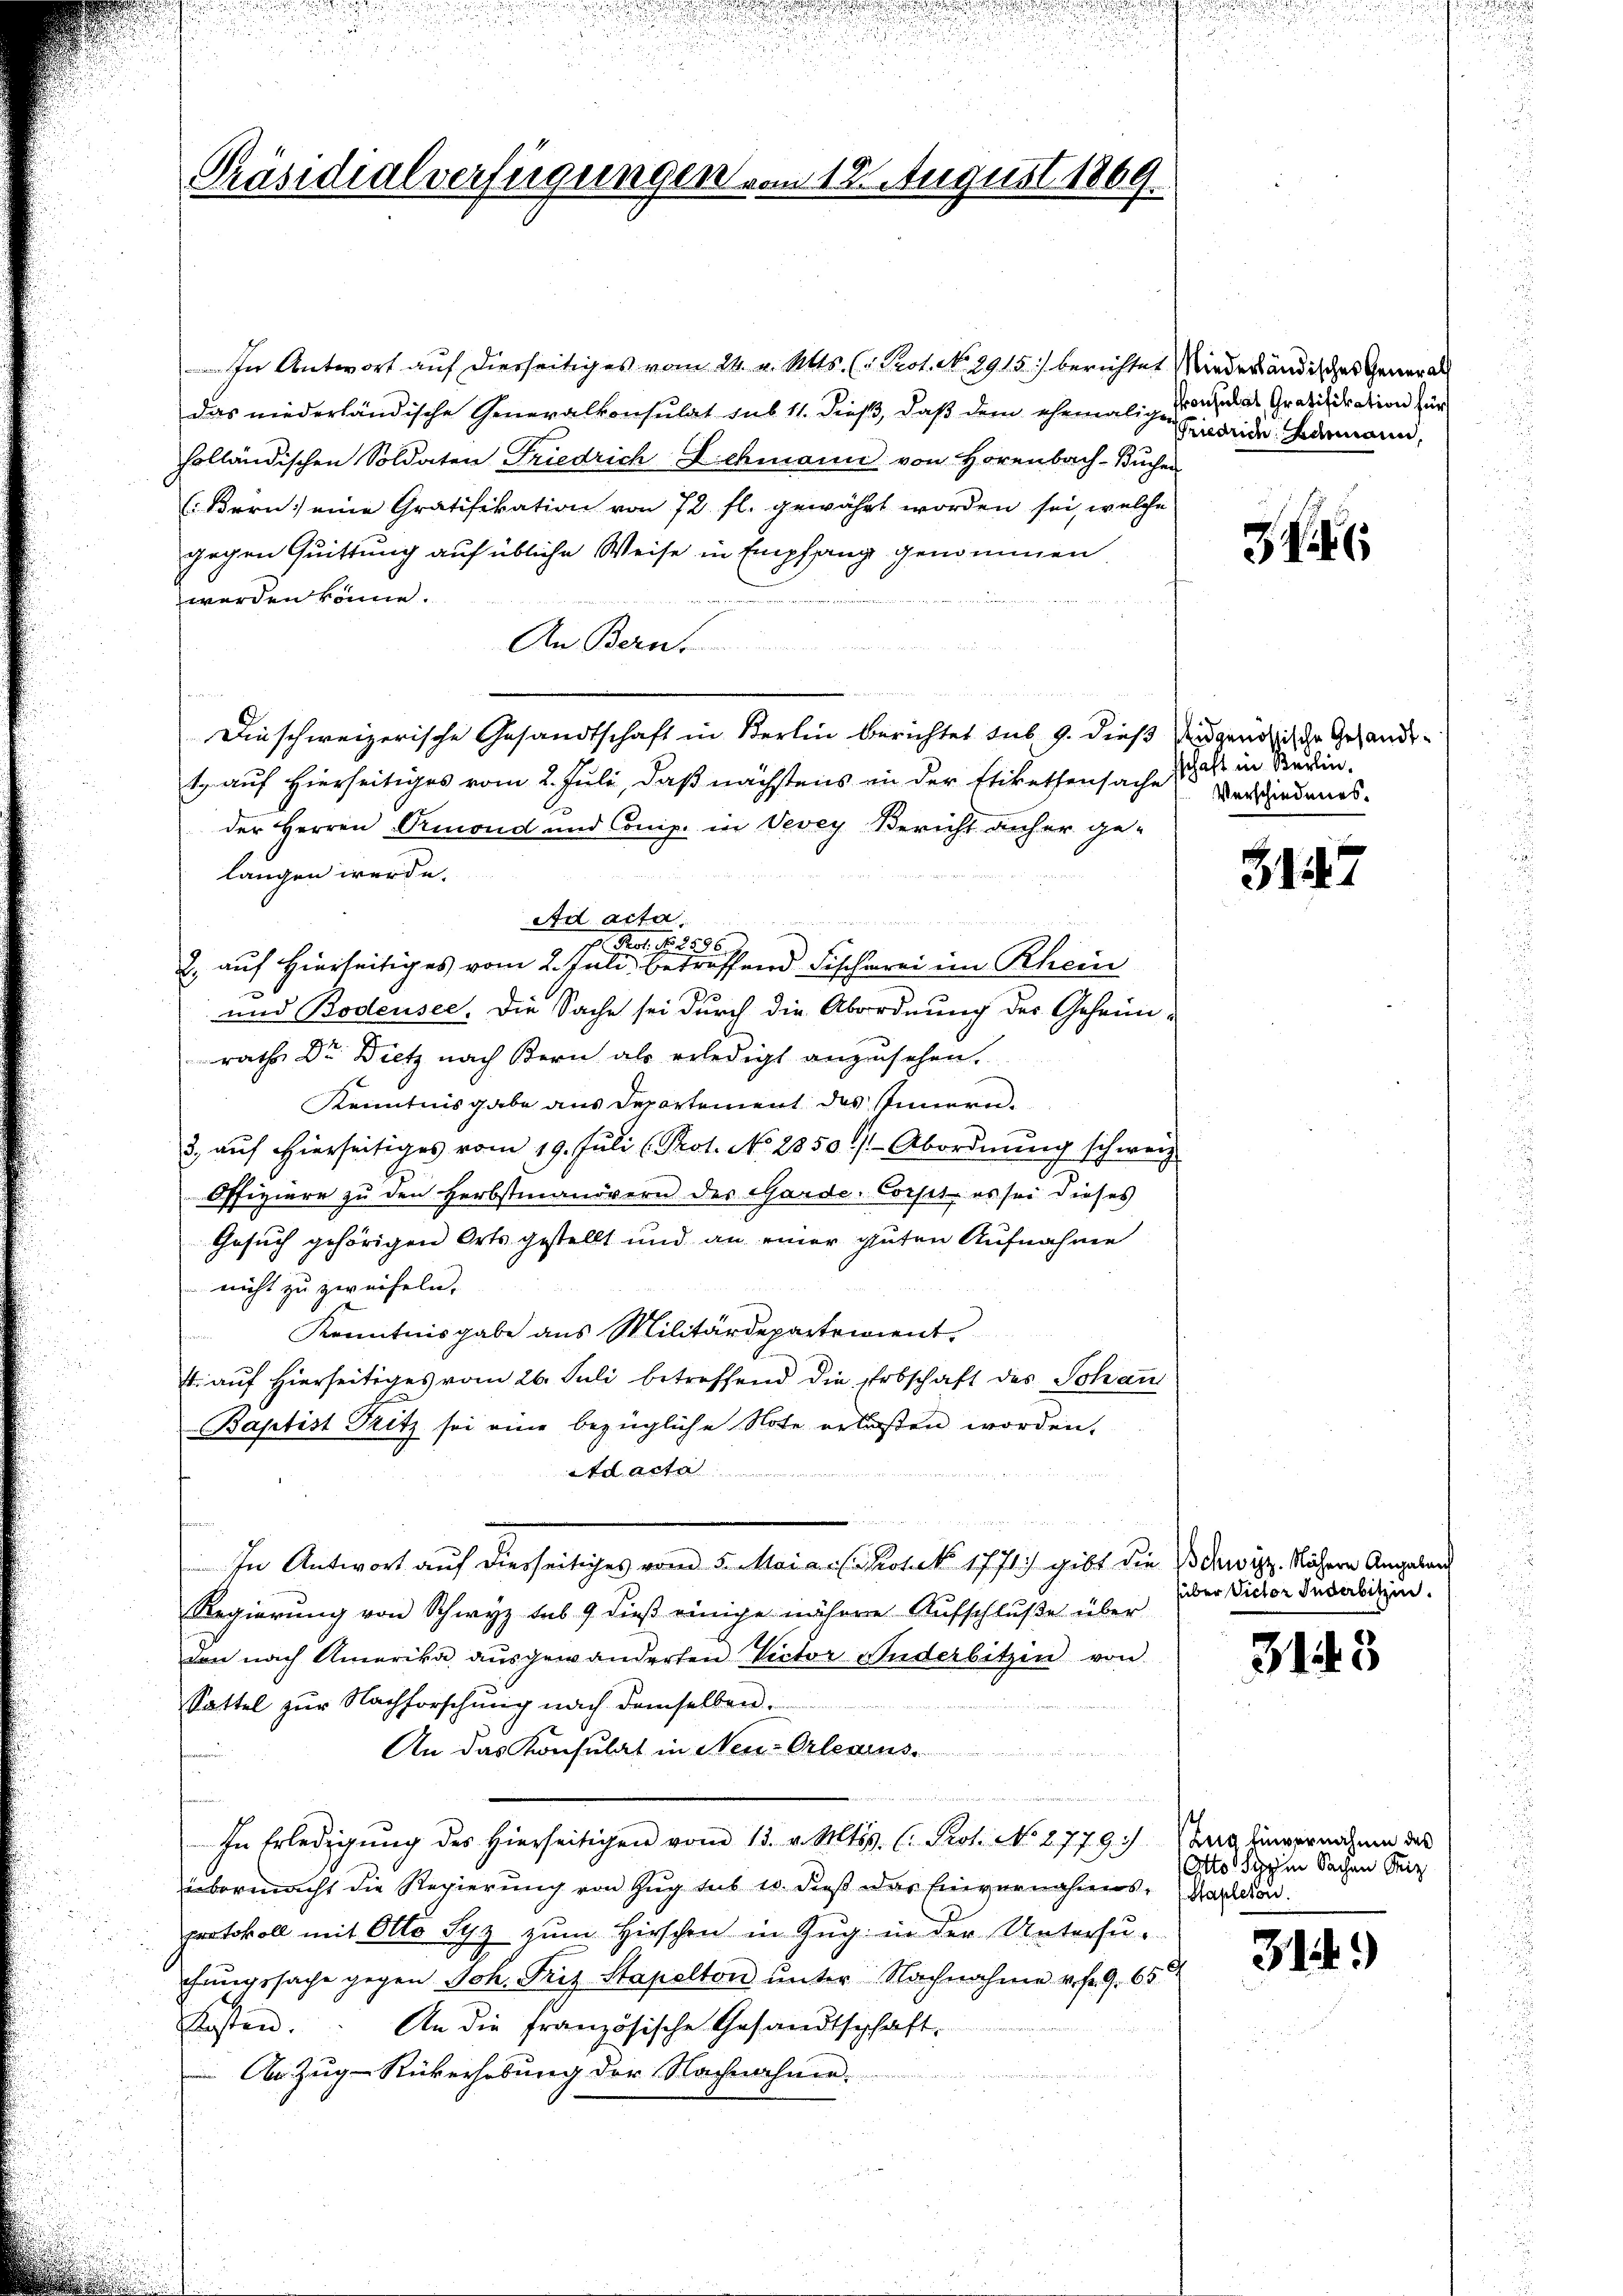
Präsidialverfügungen u.

In Antwort auf diesseitiges vom 24. v. Mts. (v. Prot. No. 2915) berichtet Niederländisches General
das niederländische Generalkonsulat sub 11. dieß, daß dem ehemaligen das Gratifikation für
holländischen Soldaten Friedrich Lichmann von Horenbach- Buchen
(Bern: eine Gratifikation von 72 fl. gewährt worden sei, welche
gegen Quittung auf übliche Weise in Empfang genommen

werden könne.
.
An Bern
s
 5.
Dinschweizerische Gesandtschaft in Berlin berichtet sub. 9. dieß angendtische Gesandtt, auf hierseitiges vom 2. Juli, daß nächstens in der Etikethensache hat in Studin
der Herren Priond und Comp. in Vevey Bericht anher gelangen werde.
c Prof. N. 2586.
2., auf hierseitiges vom 2. Juli, betreffend Fischerei im Rhein
und Bodensee. Die Sache sei durch die Abordnung der Geheim-
rath Dr. Dietz nach Bern als erledigt anzŭsehen.
Kenntnisgabe aus Departement des Innern.
3. aŭf hierseitiges vom 19. Jŭli (Prot. No. 2850) Abordnŭng schweiz.
Offiziere zu den Herbstmanövern des Garde-Corsts, es sei dieses
Gesuch gehörigen Orts gestellt und an einer guten Aufnahme
 nicht zu zweifeln,
Kenntnisgabe aus Militärdeparterient
4. auf hierseitiges vom 26. Juli betreffend die Erbschaft des Johan
Baptist Fritz sei eine bezügliche Note erlaßen worden.
Ad acta
In Antwort auf diesseitiges vom 5. Mai a. E. Hotel 1771) gibt die Gewitz. Näherer Angeland
Regierung von Schwyz sub 9 dieß einige nähere Aufschluße über
don nach Amerika ausgewanderten Rector Anderbitzen von
Sattel zur Nachforschung nach demselben
An das Konsulat in Neu-Orleans
2ten eige
m
In Erledigŭng des hierseitigen vom 13. v. Mtss. C. Prot. No 2779). Tauglingernehmen des
übermacht die Regierung von Zug des u. dieß das Einvernahmes Karlehen.
protokoll mit Otto Syz zum Hirschen in Zug in der Untersuchŭngssache gegen Joh. Fritz Stapelton ŭnter Nachnahme v. fr. 9. 65
Kosten.
An die französische Gesandtschaft.
An Zug-Rükerhebung der Nachnahme.

Ad acta

d 12. August 1869.

Friedrich Baumann,

J

Verschiedenes.

3147

über Victor Judarbitzen.

3143

Otto Sie in Sachen Friz

314.